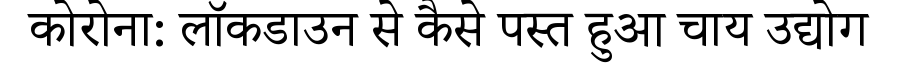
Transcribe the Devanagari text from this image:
कोरोना: लॉकडाउन से कैसे पस्त हुआ चाय उद्योग